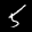
Label: 5